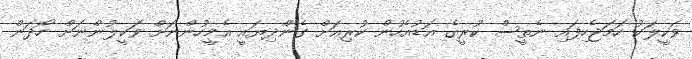
ވަކީލަކު ހަމަޖެހިފައި ނެތީސް ކުރީގެ އަޑުއެހުން ކުރިއަށް ގެންދިޔައީ އެމީހުންނަށް ވަކީލުންނަށް ހޯދަން